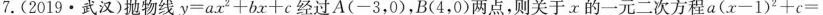
7. ( 2019 · 武汉 )抛物线 $$y = a x ^ { 2